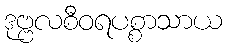
ဒုဗ္ဗလစီဝရပစ္စာသာယ